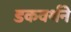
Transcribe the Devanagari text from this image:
डकवर्थने